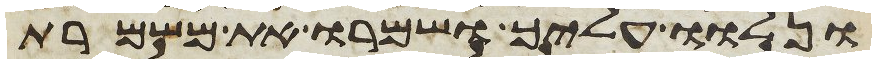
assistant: ונלוו עליך ושמרו את משמרת